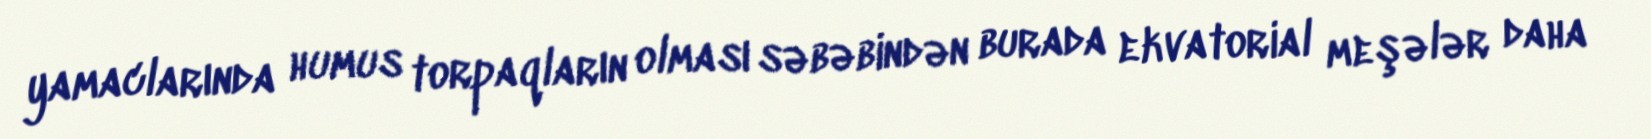
yamaclarında humus torpaqların olması səbəbindən burada ekvatorial meşələr daha